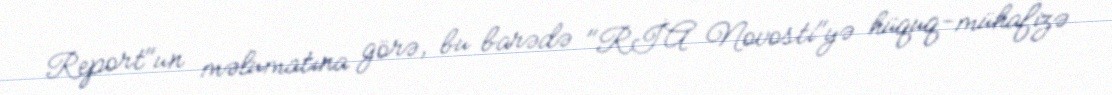
Report"un məlumatına görə, bu barədə "RİA Novosti"yə hüquq-mühafizə